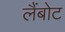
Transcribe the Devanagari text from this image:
लैंबोट